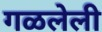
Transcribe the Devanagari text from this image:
गळलेली